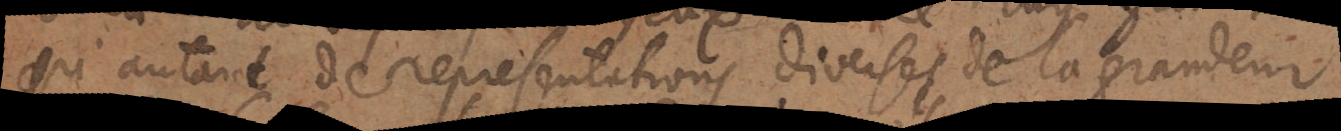
qui autant de representations diverses de la grandeur